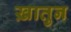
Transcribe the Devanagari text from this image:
ख़ातुन